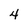
Character: 4